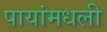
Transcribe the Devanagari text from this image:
पायांमधली